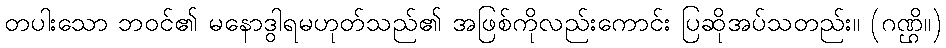
တပါးသော ဘဝင်၏ မနောဒွါရမဟုတ်သည်၏ အဖြစ်ကိုလည်းကောင်း ပြဆိုအပ်သတည်း။ (ဂဏ္ဌိ။)